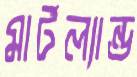
মার্টল্যান্ড